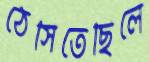
ঠেসিতেছিলে